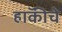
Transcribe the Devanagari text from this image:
हाॅकीचे